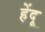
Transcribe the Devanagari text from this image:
हेंदू